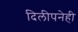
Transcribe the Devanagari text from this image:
दिलीपनेही